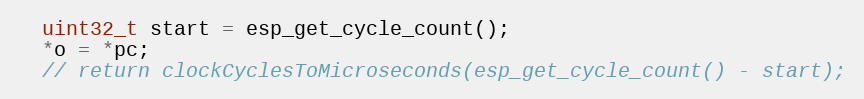
Language: C++
  uint32_t start = esp_get_cycle_count();
  *o = *pc;
  // return clockCyclesToMicroseconds(esp_get_cycle_count() - start);